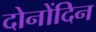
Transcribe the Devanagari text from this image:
दोनोंदिन